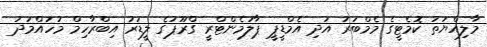
މާލިއްޔަތު ކޮމެޓީގެ މެމްބަރު އަދި އެމްޑީޕީ ޕާލަމެންޓްރީ ގްރޫޕުގެ ލީޑަރު އިބްރާހިމް މުހައްމަދު